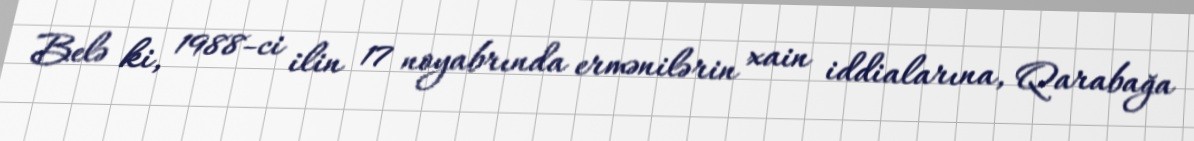
Belə ki, 1988-ci ilin 17 noyabrında ermənilərin xain iddialarına, Qarabağa